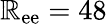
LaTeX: \mathbb{R}_{\mathrm{{ee}}}=48